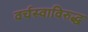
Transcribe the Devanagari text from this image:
वर्चस्वाविरुद्ध